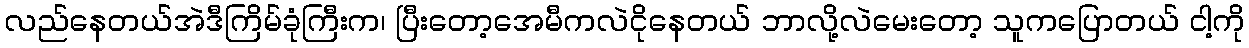
လည်နေတယ်အဲဒီကြိမ်ခုံကြီးက၊ ပြီးတော့အေမီကလဲငိုနေတယ် ဘာလို့လဲမေးတော့ သူကပြောတယ် ငါ့ကို